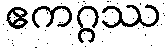
ဧကဂ္ဂဿ